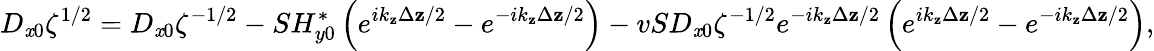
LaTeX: D_{\mathit{x}0}\zeta^{1/2}=D_{\mathit{x}0}\zeta^{-1/2}-SH_{y0}^{*}\left(e^{ik_{\mathbf{z}}\Delta\mathbf{z}/2}-e^{-ik_{\mathbf{z}}\Delta\mathbf{z}/2}\right)-vSD_{\mathit{x}0}\zeta^{-1/2}e^{-ik_{\mathbf{z}}\Delta\mathbf{z}/2}\left(e^{ik_{\mathbf{z}}\Delta\mathbf{z}/2}-e^{-ik_{\mathbf{z}}\Delta\mathbf{z}/2}\right),